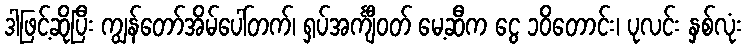
ဒါဖြင့်ဆိုပြီး ကျွန်တော်အိမ်ပေါ်တက်၊ ရှပ်အင်္ကျီဝတ် မေ့ဆီက ငွေ ၁၀ိတောင်း၊ ပုလင်း နှစ်လုံး